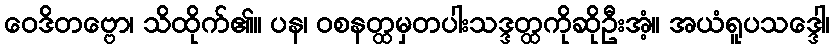
ဝေဒိတဗ္ဗော၊ သိထိုက်၏။ ပန၊ ဝစနတ္ထမှတပါးသဒ္ဒတ္ထကိုဆိုဦးအံ့။ အယံရူပသဒ္ဒေါ၊